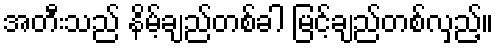
အတီးသည် နိမ့်ချည်တစ်ခါ မြင့်ချည်တစ်လှည့်။